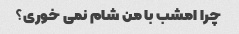
چرا امشب با من شام نمی خوری؟